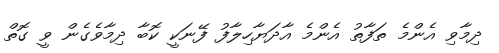
ދިމާވި އެންމެ ތަފާތު އެންމެ އާދަޔާހިލާފު ފޭނަކީ ކޮބާ ދިމާވެގެން ވީ ގޮތް